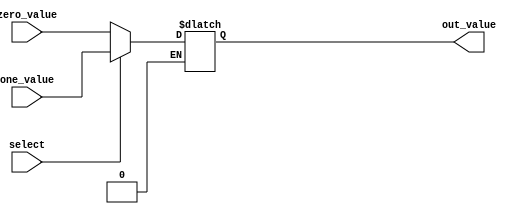
module five_bit_mux(input select,
input[4:0] zero_value, one_value,
output reg [4:0] out_value);

always @ (select, zero_value, one_value)
begin
if (select == 0) out_value=zero_value;
if (select == 1) out_value= one_value;
end
endmodule